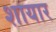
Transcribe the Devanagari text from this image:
शायार